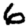
Digit: 6